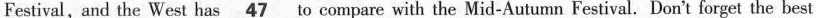
Festival, and the West has \underline{47} to compare with the Mid-Autumn Festival. Don't forget the best